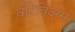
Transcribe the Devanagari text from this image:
वोंटेविअस